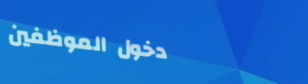
دخول الموظفين